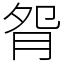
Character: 𦙵